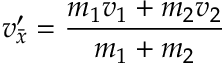
\ v _ { \bar { x } } ^ { \prime } = { \frac { m _ { 1 } v _ { 1 } + m _ { 2 } v _ { 2 } } { m _ { 1 } + m _ { 2 } } }